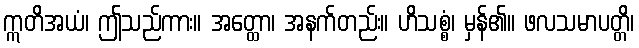
ဣတိအယံ၊ ဤသည်ကား။ အတ္ထော၊ အနက်တည်း။ ဟိသစ္စံ၊ မှန်၏။ ဖလသမာပတ္တိ၊